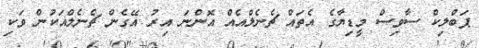
ޕަބްލިކް ސާވިސް މީޑިޔާގެ އެތައް ޗެނެލްއެއް އޮންނަ އިރު އޭގެން ޗެނެލްއަކުން ވަކި